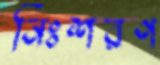
নিঃশরণ